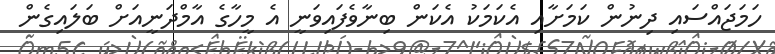
ހަމަޖައްސައި ދިނުން ކަމަށާއި އެކަމަކު އެކަން ބިނާވެފައިވަނީ އެ މީހާގެ އާމްދަނީއަށް ބަލައިގެން